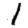
Digit: 1